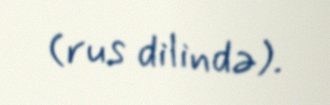
(rus dilində).